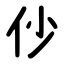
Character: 仯